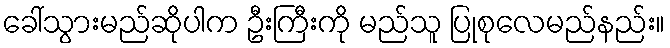
ခေါ်သွားမည်ဆိုပါက ဦးကြီးကို မည်သူ ပြုစုလေမည်နည်း။